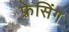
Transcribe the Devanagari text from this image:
फ़्रेसिंग